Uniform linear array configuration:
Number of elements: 64
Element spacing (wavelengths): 0.75
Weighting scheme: binomial
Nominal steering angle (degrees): -15
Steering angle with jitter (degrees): -16.846
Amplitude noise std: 0.05
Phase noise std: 0.05

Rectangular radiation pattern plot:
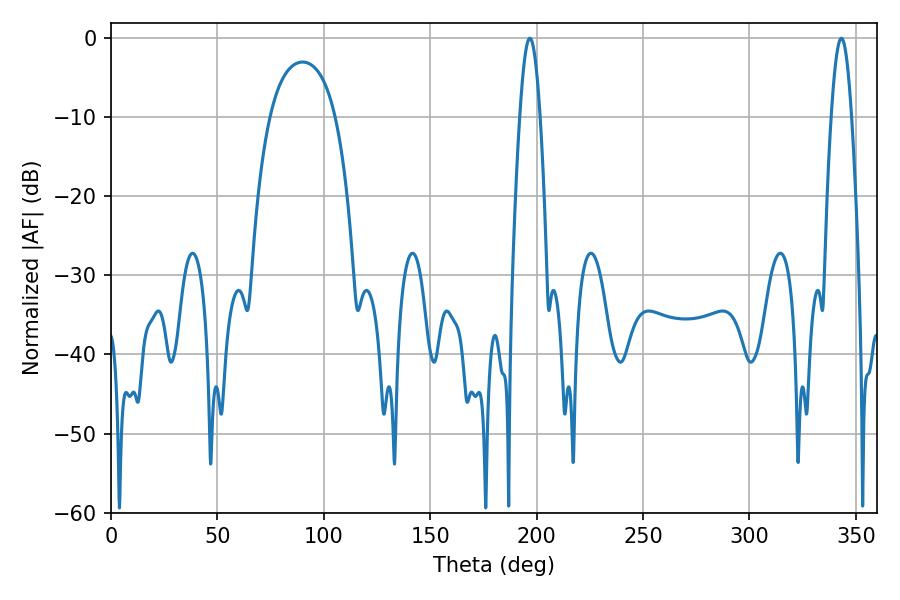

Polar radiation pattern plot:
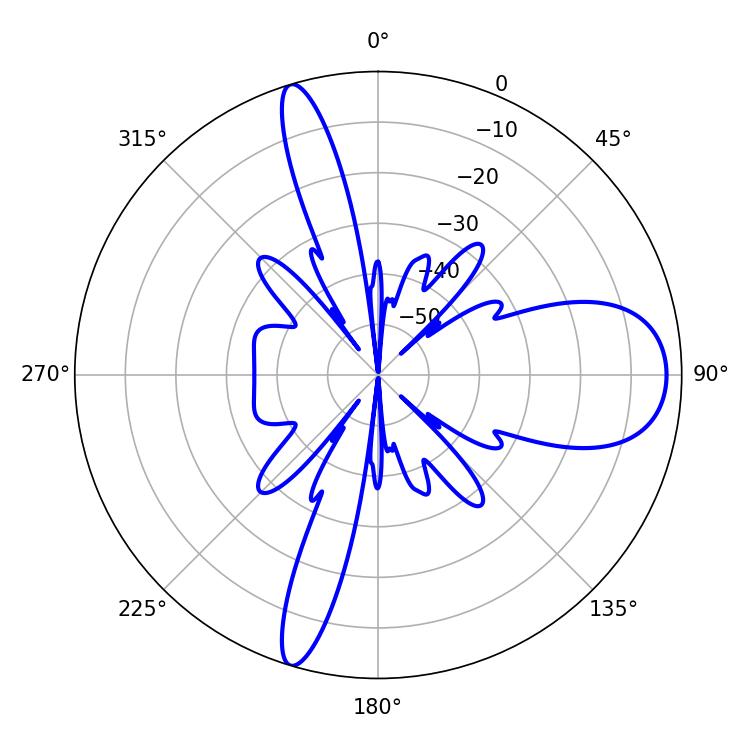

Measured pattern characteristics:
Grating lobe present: TRUE
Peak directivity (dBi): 11.76
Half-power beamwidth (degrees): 5.22
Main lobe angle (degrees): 196.74